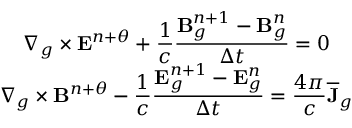
\begin{array} { c c c } { \displaystyle \nabla _ { g } \times \mathbf { E } ^ { n + \theta } + \frac { 1 } { c } \frac { \mathbf { B } _ { g } ^ { n + 1 } - \mathbf { B } _ { g } ^ { n } } { \Delta t } = 0 } \\ { \displaystyle \nabla _ { g } \times \mathbf { B } ^ { n + \theta } - \frac { 1 } { c } \frac { \mathbf { E } _ { g } ^ { n + 1 } - \mathbf { E } _ { g } ^ { n } } { \Delta t } = \frac { 4 \pi } { c } \overline { { \mathbf { J } } } _ { g } } \end{array}